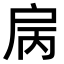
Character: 𢨿